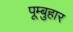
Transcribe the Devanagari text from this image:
पूम्बुहार